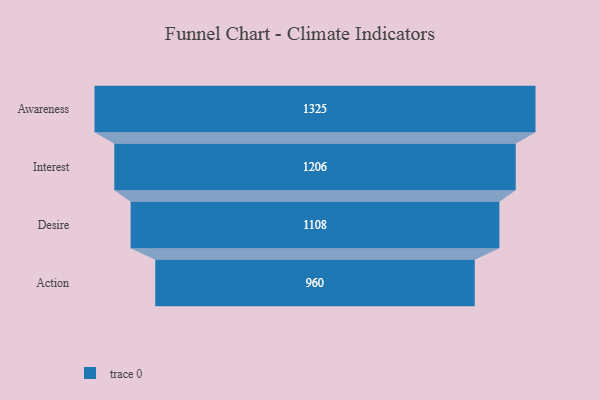
{"axis": {"x": "Stage", "y": "Value"}, "legend": [""], "data": [{"x": "Awareness", "y": 1325.0, "type": ""}, {"x": "Interest", "y": 1206.0, "type": ""}, {"x": "Desire", "y": 1108.0, "type": ""}, {"x": "Action", "y": 960.0, "type": ""}]}